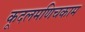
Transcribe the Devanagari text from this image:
कूदलमणिचकाम